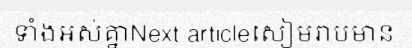
ទាំងអស់គ្នាNext articleសៀមរាបមាន